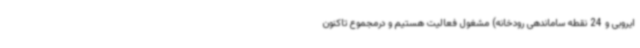
ایروبی و 24 نقطه ساماندهی رودخانه) مشغول فعالیت هستیم و درمجموع تاکنون